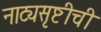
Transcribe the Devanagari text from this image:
नाट्यसृष्टीची